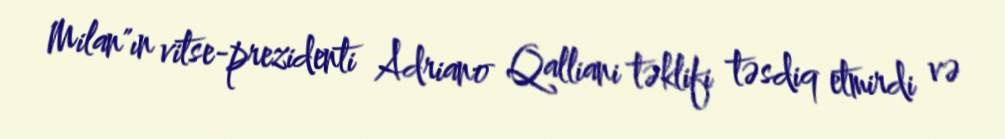
Milan"ın vitse-prezidenti Adriano Qalliani təklifi təsdiq etmirdi və